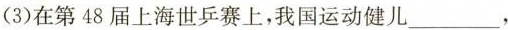
(3)在第48届上海世乒赛上，我国运动健儿____，